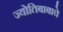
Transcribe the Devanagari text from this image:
ज्योतिबाबाचे